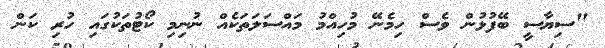
"ސިޔާސީ ބޭފުޅުން ވެސް ހިމެނޭ މުހިއްމު މައްސަލަތަކެއް ނުނިމި ކޯޓުތަކުގައި ހުރި ކަން